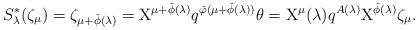
LaTeX: \begin{align*}S^*_{\lambda}(\zeta_\mu)=\zeta_{\mu+\check{\phi}(\lambda)}=\mathrm{X}^{\mu+\check{\phi}(\lambda)}q^{\check{\varphi}(\mu+\check{\phi}(\lambda))}\theta=\mathrm{X}^\mu(\lambda)q^{A(\lambda)}\mathrm{X}^{\check{\phi}(\lambda)}\zeta_\mu.\end{align*}